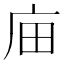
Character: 𢇶